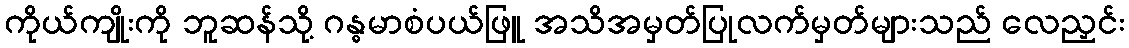
ကိုယ်ကျိုးကို ဘူဆန်သို့ ဂန္ဓမာစံပယ်ဖြူ အသိအမှတ်ပြုလက်မှတ်များသည် လေညှင်း